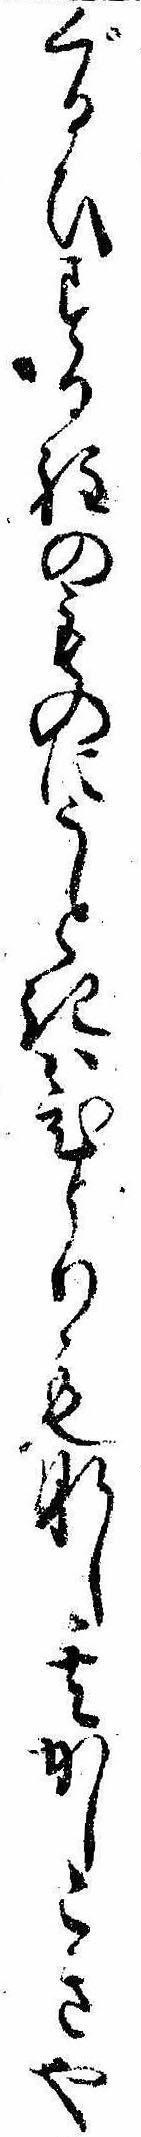
ぐるひする程のものにうときはひとりもなし其かしこきや